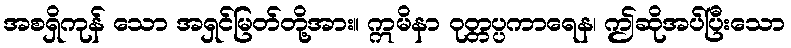
အစရှိကုန် သော အရှင်မြတ်တို့အား။ ဣမိနာ ဝုတ္တပ္ပကာရေန၊ ဤဆိုအပ်ပြီးသော